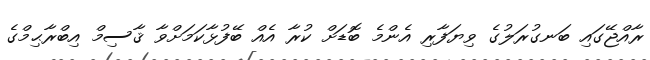
ރާއްޖޭގައި ބަނގުރަލުގެ ވިޔަފާރި އެންމެ ބޮޑަށް ކުރާ އެއް ބޭފުޅާކަމަށްވާ ޤާސިމް އިބްރާޙިމްގެ